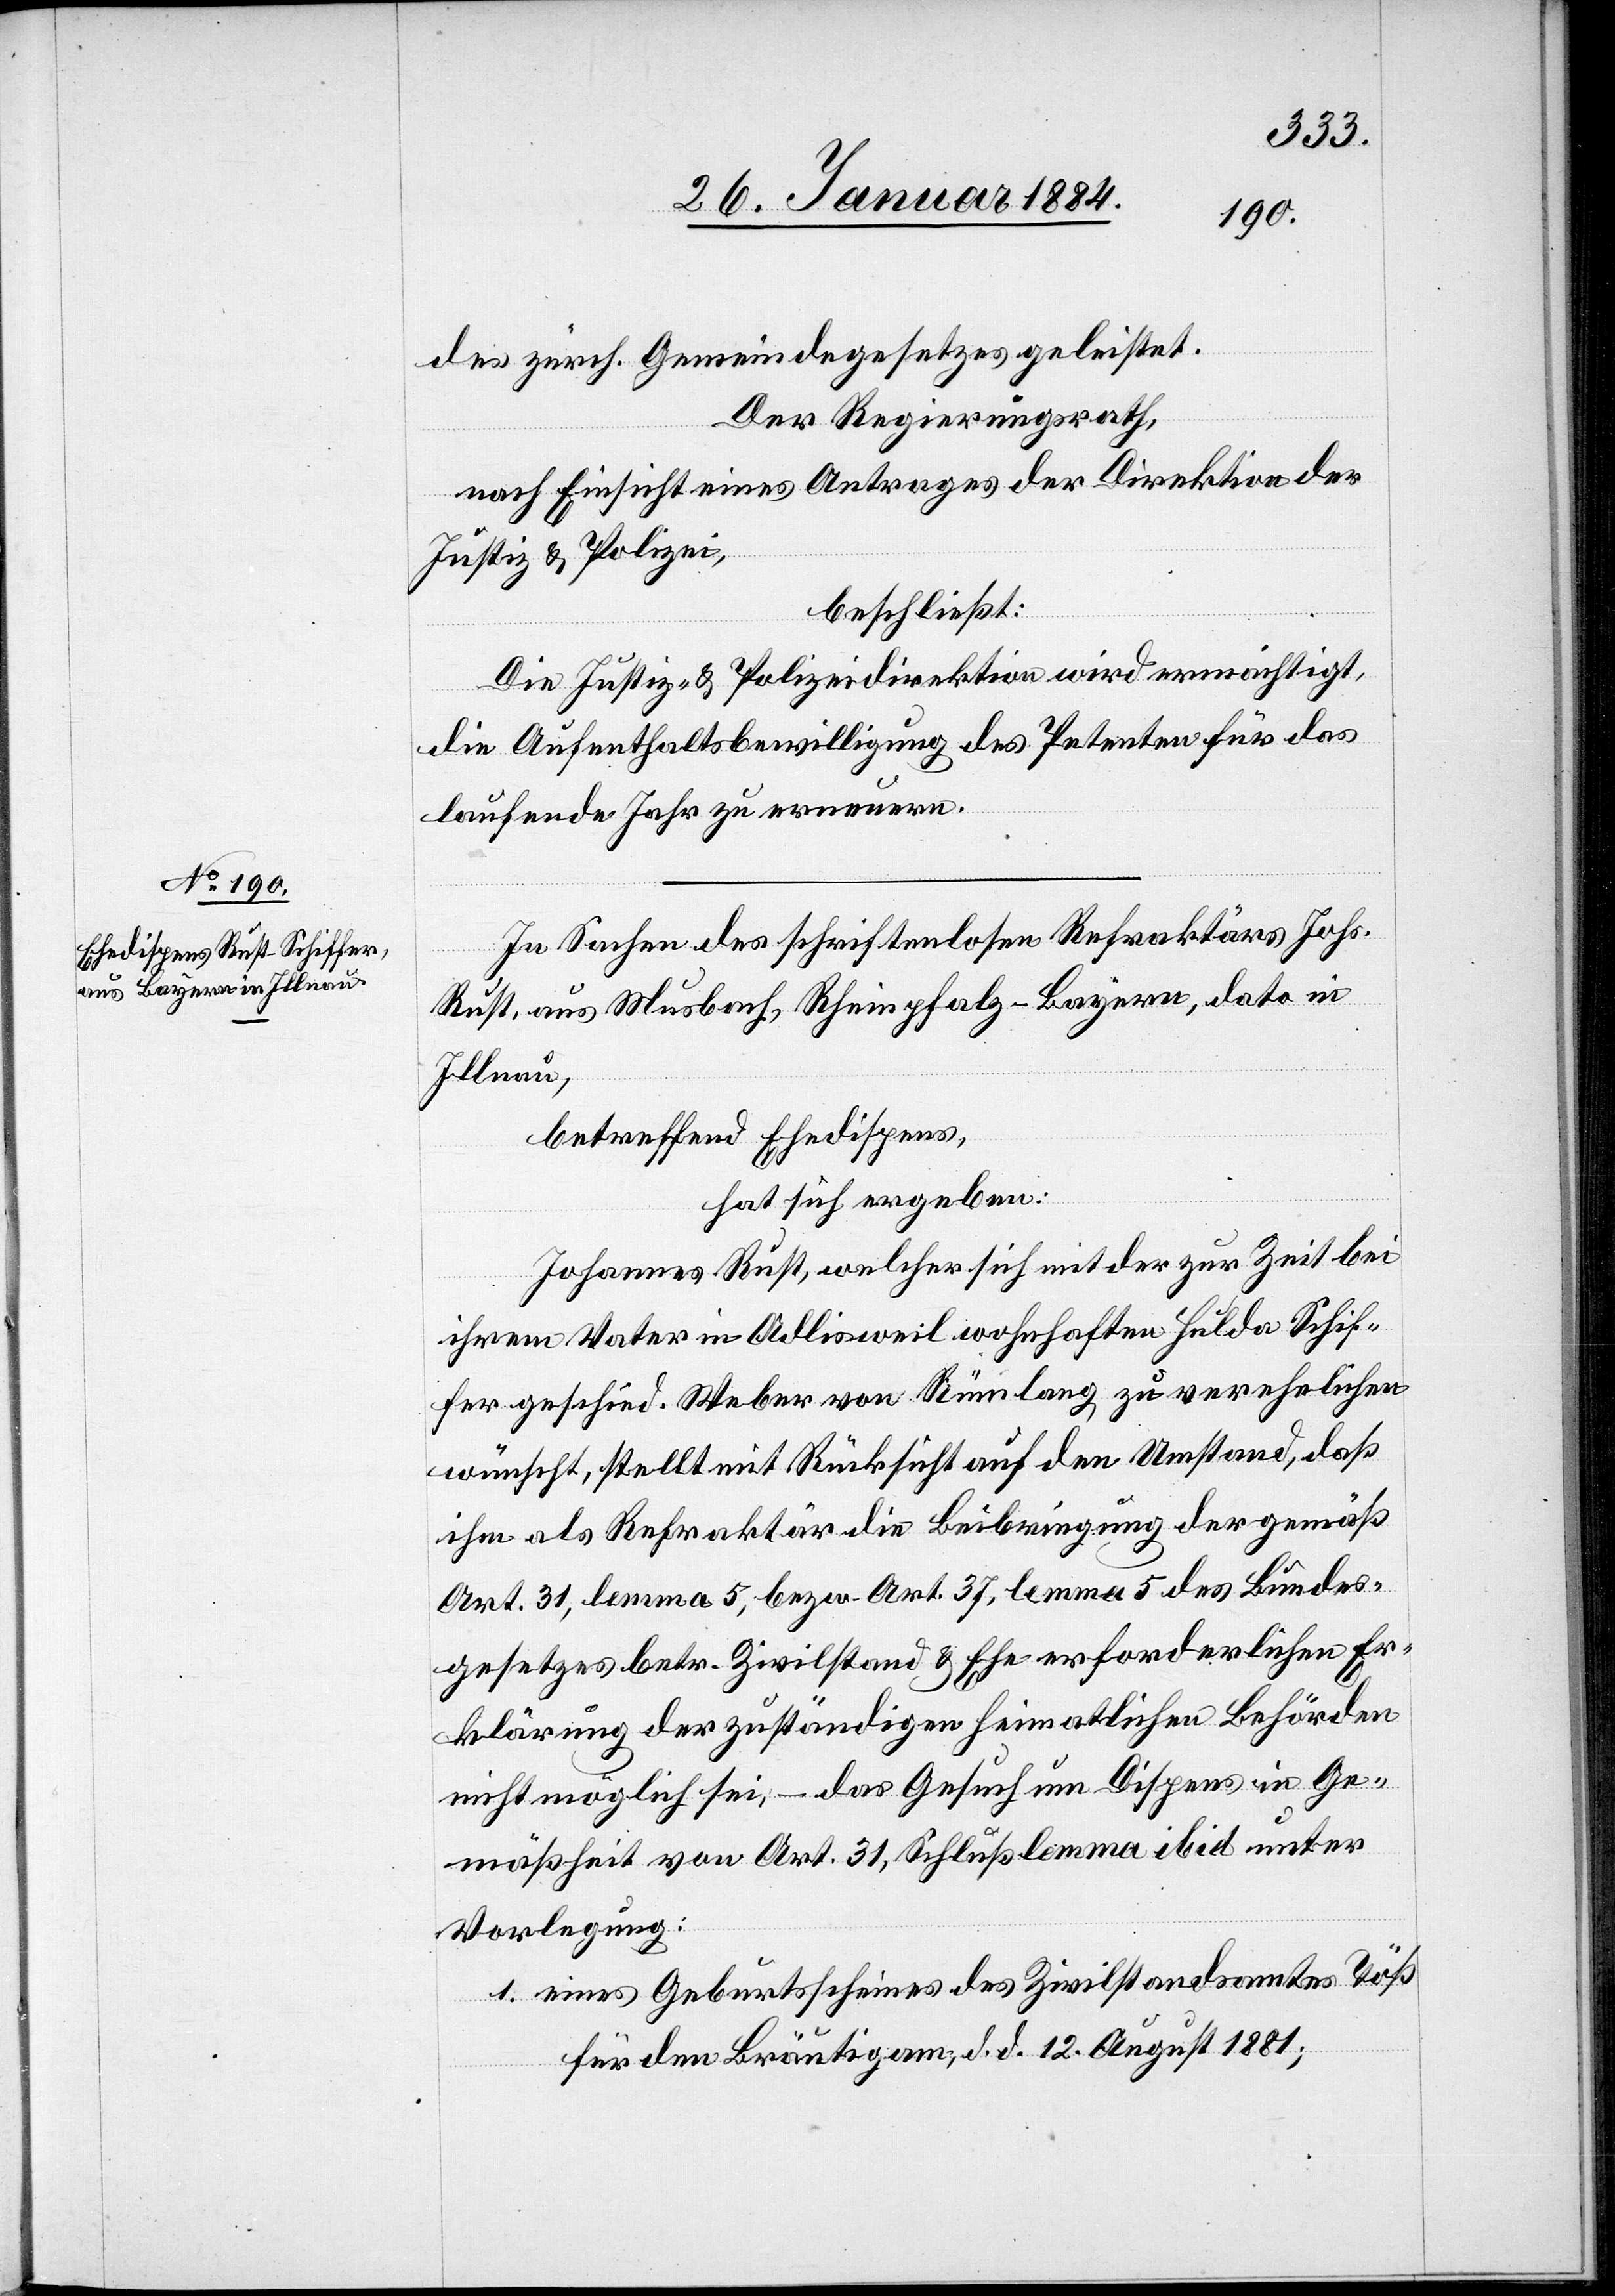
des zürch. Gemeindegesetzes geleistet.
Der Regierungsrath,
nach Einsicht eines Antrages der Direktion der
Justiz & Polizei,
beschließt:
Die Justiz- & Polizeidirektion wird ermächtigt,
die Aufenthaltsbewilligung des Petenten für das
laufende Jahr zu erneuern.
In Sachen des schriftenlosen Refraktärs Joh.
Rust, aus Musbach, Rheinpfalz - Bayern, dato in
Illnau,
betreffend Ehedispens,
hat sich ergeben:
Johannes Rust, welcher sich mit der zur Zeit bei
ihrem Vater in Adlisweil wohnhaften Hulda Schif¬
fer geschied. Weber von Rümlang zu verehelichen
wünscht, stellt mit Rücksicht auf den Umstand, daß
ihm als Refraktär die Beibringung der gemäß
Art. 31, lemma 5, bzw. Art 37, lemma 5 des Bundes¬
gesetzes betr. Zivilstand & Ehe erforderliche Er¬
klärung der zuständigen heimatlichen Behörden
nicht möglich sei, – das Gesuch um Dispens in Ge¬
mäßheit von Art. 31, Schlußlemma ibid unter
Vorlegung:
1. eines Geburtsscheines des Zivilstandsamtes Töß
für den Bräutigam, d. d. 12. August 1881;